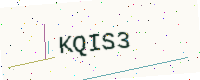
Text: KQIS3